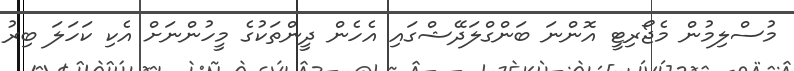
މުސްލިމުން މެޖޯރިޓީ އޮންނަ ބަންގްލަދޭޝްގައި އެހެން ދީންތަކުގެ މީހުންނަށް އެކި ކަހަލަ ބިރު